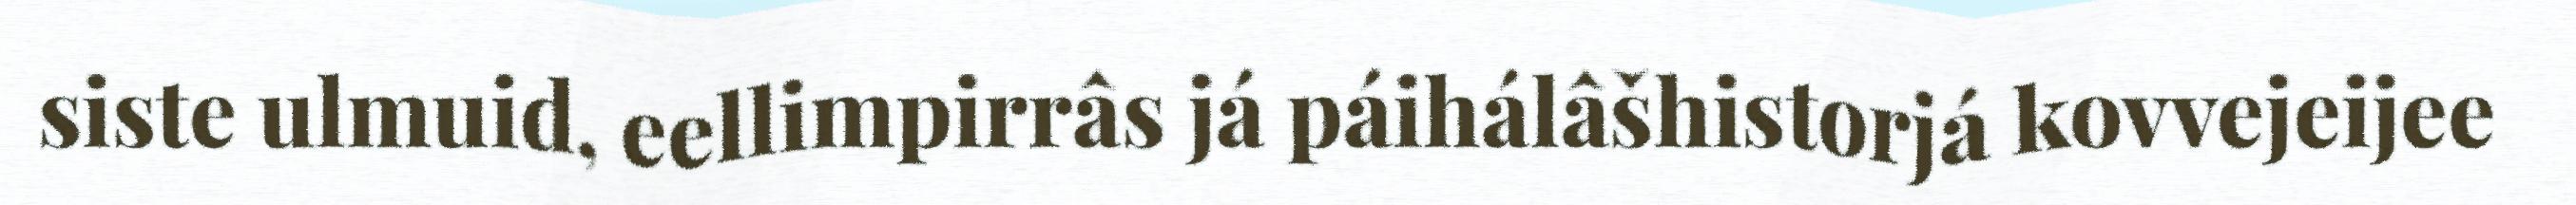
siste ulmuid, eellimpirrâs já páihálâšhistorjá kovvejeijee